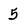
Character: 5